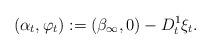
LaTeX: \begin{align*}(\alpha_t,\varphi_t):= (\beta_{\infty},0)-D_t^1\xi_t. \end{align*}